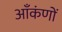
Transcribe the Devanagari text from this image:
आँकंणों